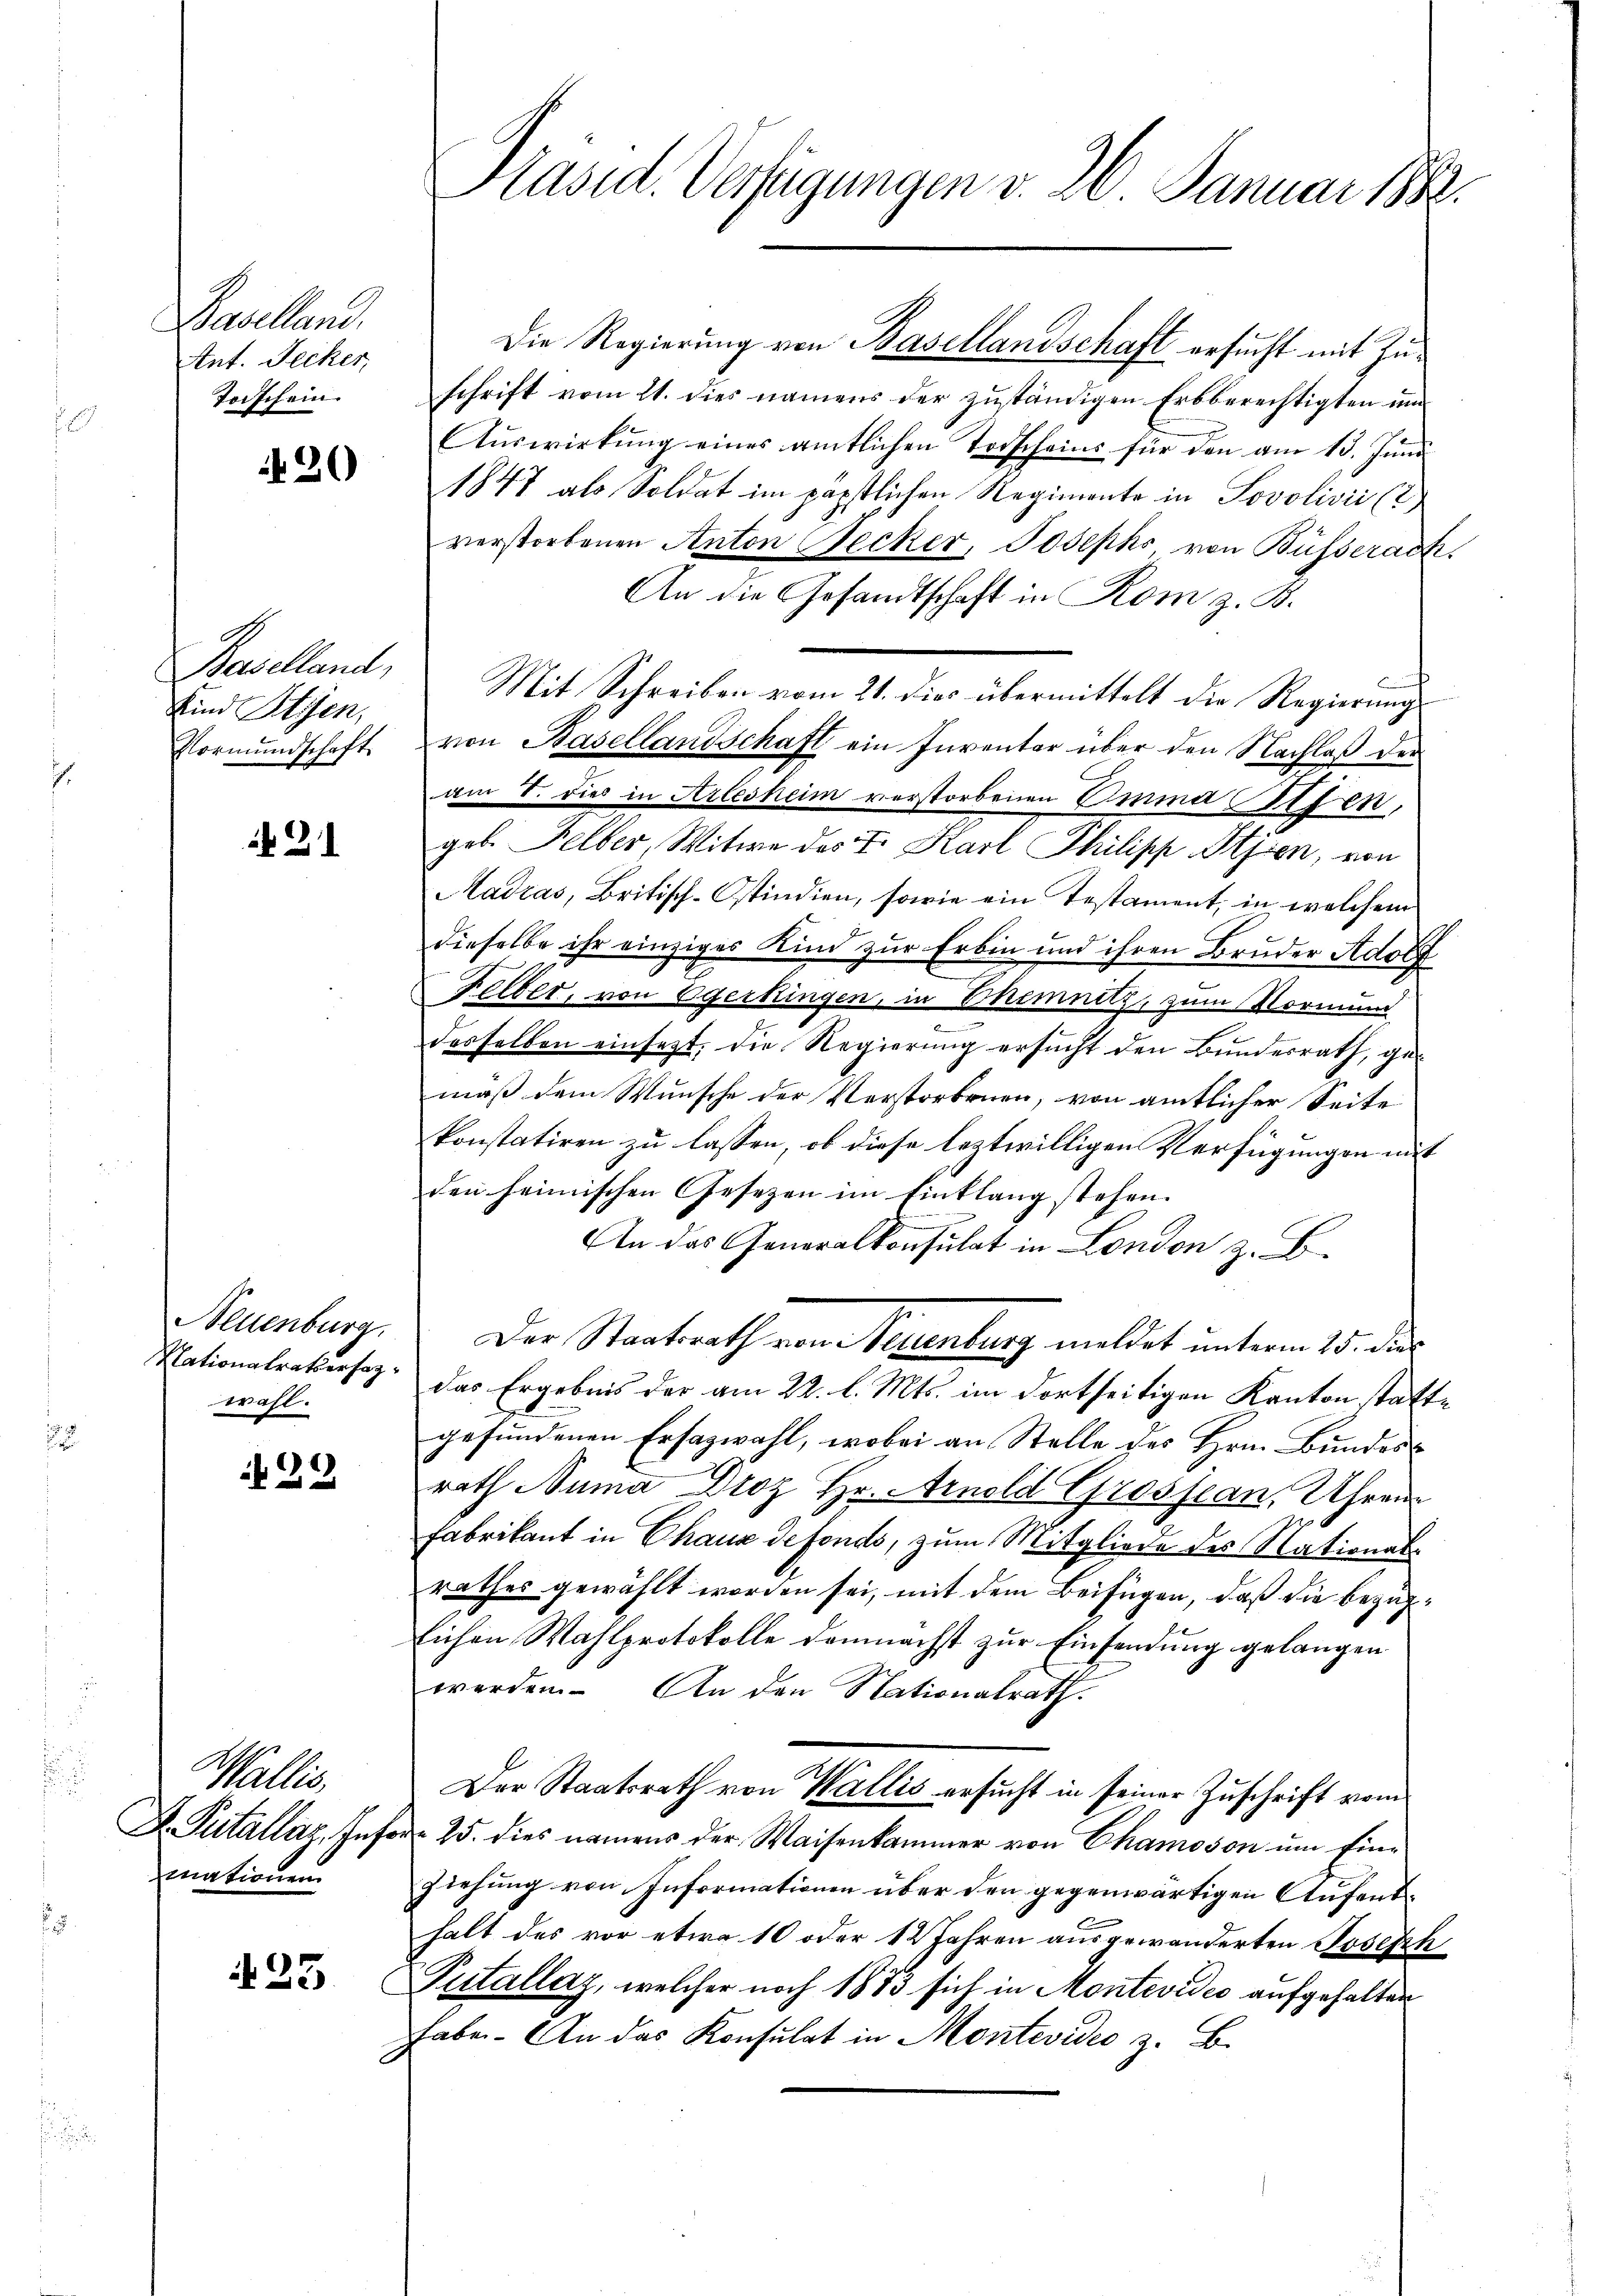
Baselland.
Ant. Jecker,
Toischein.

420

Baselland,
Kind Stien,

21

Neuenburg
wahl.

N 22

Wallis,
mationen

A 25

Die Regierung von Basellandschaft ersucht mit Zuschrift vom 21. dies namens der zuständigen Erbberechtigten un
Auswirkung eines amtlichen Todscheins für den am 15. Juni
1847 als Soldat im päpstlichen Regimente in Povolivii (
verstorbenen Anton Necker, Josephs, von Büsserach
An die Gesandtschaft in Rom z. B.
Mit Schreiben vom 21. dies übermittelt die Regierungs
Vormundschaft von Basellandschaft ein Inventar über den Nachlaß der
am V. dies in Arlesheim verstorbenen Emma Seiten,
geb. Selber, Witwe des I. Karl Philipp Stiren, von
Madras, Britisch-Ostindien, sowie ein Testament, in welchem
dieselbe ihr einziges Kind zur Erbin und ihren Bruder Adolf
Felber, von Egerkingen, in Chemnitz, zum Vormund
desselben einsezt, die Regierung ersucht den Bundesrath, gemäß dem Wunsche der Verstorbenen, von amtlicher Seite
konstatiren zu lassen, ob diese leztwilligen Verfügungen mit
den heimischen Gesezen im Eintlang stehen.
An das Generalkonsulat in London z. B.
Der Staatsrath von Neuenburg meldet unterm 15. die
Nationalratersag. Das Ergebnis der am 22. l. Mts. im dortseitigen Kanton statte
gefundenen Ersazwahl, wobei an Stelle des Hrn. Bundesrath Numa Droz Hr. Arnold Grossean, Uhren
Fabrikant in Chaux de fonds, zum Mitgliede des Nationalrathes gewählt worden sei, mit dem Beifügen, daß die bezüglichen Wahlprotokolle demnächst zur Einsendung gelangen
werden. An den Nationalrath.
Der Staatsrath von Wallis ersucht in seiner Zuschrift vom
D. Putállaz, Inforn 25. dies namens der Waisenkammer von Chamoson um Ein¬
Ziehung von Informationen über den gegenwärtigen Aufenthalt des vor etwa 10 oder 12 Jahren ausgewanderten Joseph
Putállay, welcher noch 1833 sich in Montevides aufgehalten
habe. An das Konsulat in Montevideo z. B.

Präsid. Verfügungen v. 26. Januar 1882.